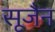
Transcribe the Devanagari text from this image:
सूजैन